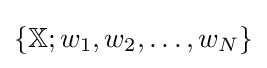
\{\mathbb {X} ;w_{1},w_{2},\dots ,w_{N}\}